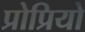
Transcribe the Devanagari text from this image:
प्रोप्रियो